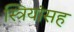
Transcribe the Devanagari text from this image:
स्त्रियांसह